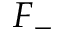
F _ { - }